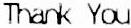
THANK YOU